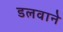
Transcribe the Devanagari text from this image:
डलवाने